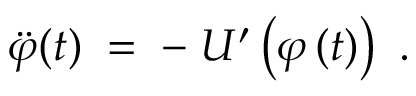
\ddot { \varphi } ( t ) \; = \; - \; U ^ { \prime } \left( \varphi \left( t \right) \right) ~ .